Eesti_Vabariigi_Tartu_Ulikool, lk 270
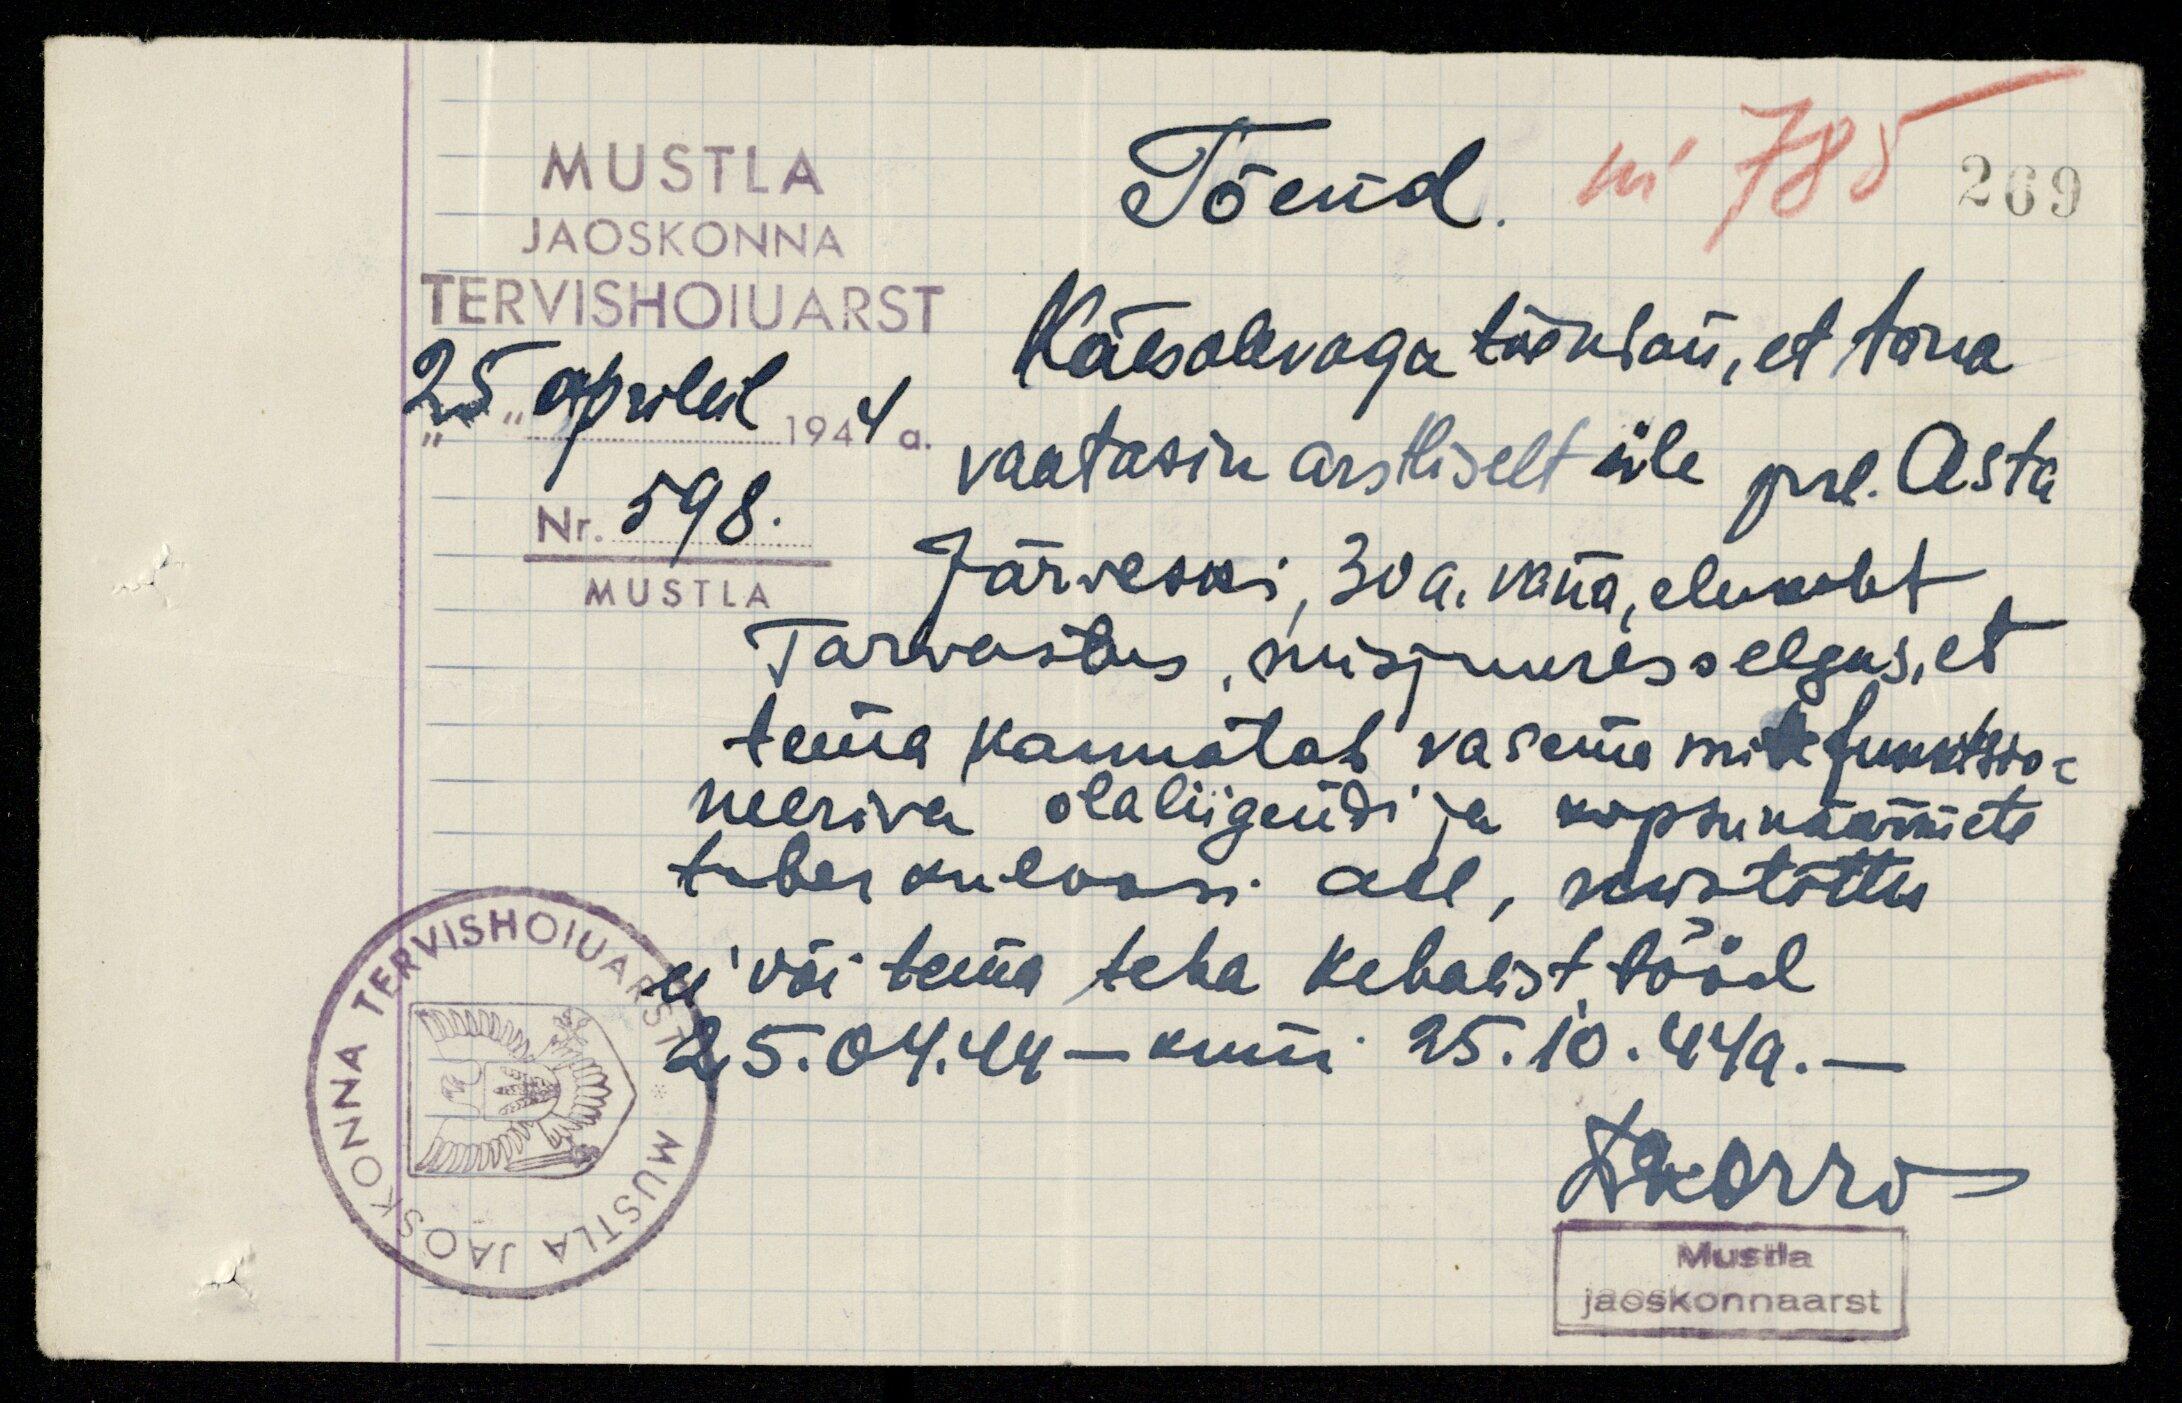
269
MUSTLA
JAOSKONNA
TERVISHOIUARST
"25" aprillil 1944 a.
Nr. 598.
MUSTLA
Tõend. nr 785
Käesolevaga tõendan, et täna
vaatasin arstliselt üle prl. Asta
Järveski, 30 a. vana, elukoht
Tarvastus, misjuures selgas, et
tema kannatab vasema mittefunktsio-
neeriva õlaliigendi ja kopsunäärmete
tuberkuloosi all, mistõttu
ei või tema teha kehalist tööd
25.04.44 - kuni 25.10.44.a. -
F. Korro
Mustla
jaoskonnaarst